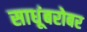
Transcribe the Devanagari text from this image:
साधूंबरोबर